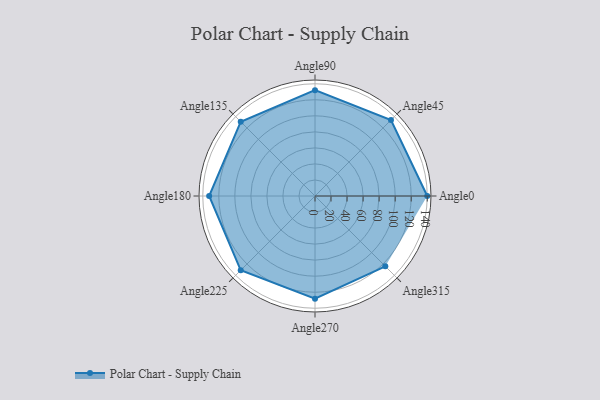
{"axis": {"x": "Angle", "y": "Radius"}, "legend": [""], "data": [{"x": "Angle0", "y": 140.0, "type": ""}, {"x": "Angle45", "y": 134.0, "type": ""}, {"x": "Angle90", "y": 132.0, "type": ""}, {"x": "Angle135", "y": 131.0, "type": ""}, {"x": "Angle180", "y": 132.0, "type": ""}, {"x": "Angle225", "y": 131.0, "type": ""}, {"x": "Angle270", "y": 128.0, "type": ""}, {"x": "Angle315", "y": 124.0, "type": ""}]}